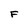
Character: F